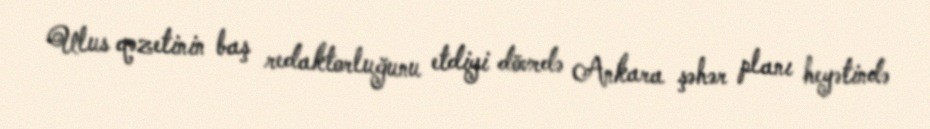
Ulus qəzetinin baş redaktorluğunu etdiyi dövrdə Ankara şəhər planı heyətində